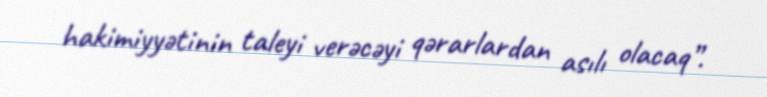
hakimiyyətinin taleyi verəcəyi qərarlardan asılı olacaq”.